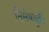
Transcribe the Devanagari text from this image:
निमेषपूर्वी